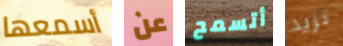
أسمعها عن أتسمح نزيد